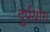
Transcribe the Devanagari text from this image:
दुर्पयोग